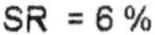
SR = 6%